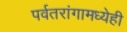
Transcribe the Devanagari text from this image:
पर्वतरांगामध्येही